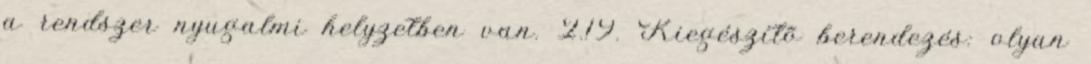
a rendszer nyugalmi helyzetben van. 2.19. Kiegészítõ berendezés: olyan